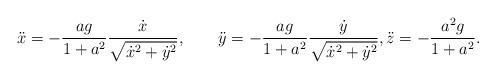
LaTeX: \begin{align*}\ddot{x}=-\frac{ag}{1+a^2}\frac{\dot{x}}{\sqrt{\dot{x}^2+\dot{y}^2}},\qquad\ddot{y}=-\frac{ag}{1+a^2}\frac{\dot{y}}{\sqrt{\dot{x}^2+\dot{y}^2}},\ddot{z}=-\frac{a^2g}{1+a^2}.\end{align*}